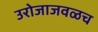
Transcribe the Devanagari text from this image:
उरोजाजवळच